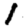
Digit: 1